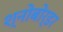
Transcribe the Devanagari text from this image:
श्नोबोर्डर